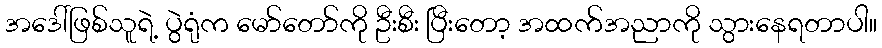
အဒေါ်ဖြစ်သူရဲ့ ပွဲရုံက မော်တော်ကို ဦးစီး ပြီးတော့ အထက်အညာကို သွားနေရတာပါ။